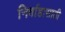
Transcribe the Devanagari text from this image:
निर्वाहासाठी